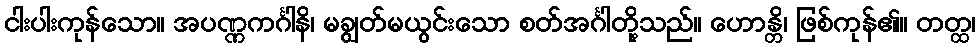
ငါးပါးကုန်သော။ အပဏ္ဏကင်္ဂါနိ၊ မချွတ်မယွင်းသော စတ်အင်္ဂါတို့သည်။ ဟောန္တိ၊ ဖြစ်ကုန်၏။ တတ္ထ၊